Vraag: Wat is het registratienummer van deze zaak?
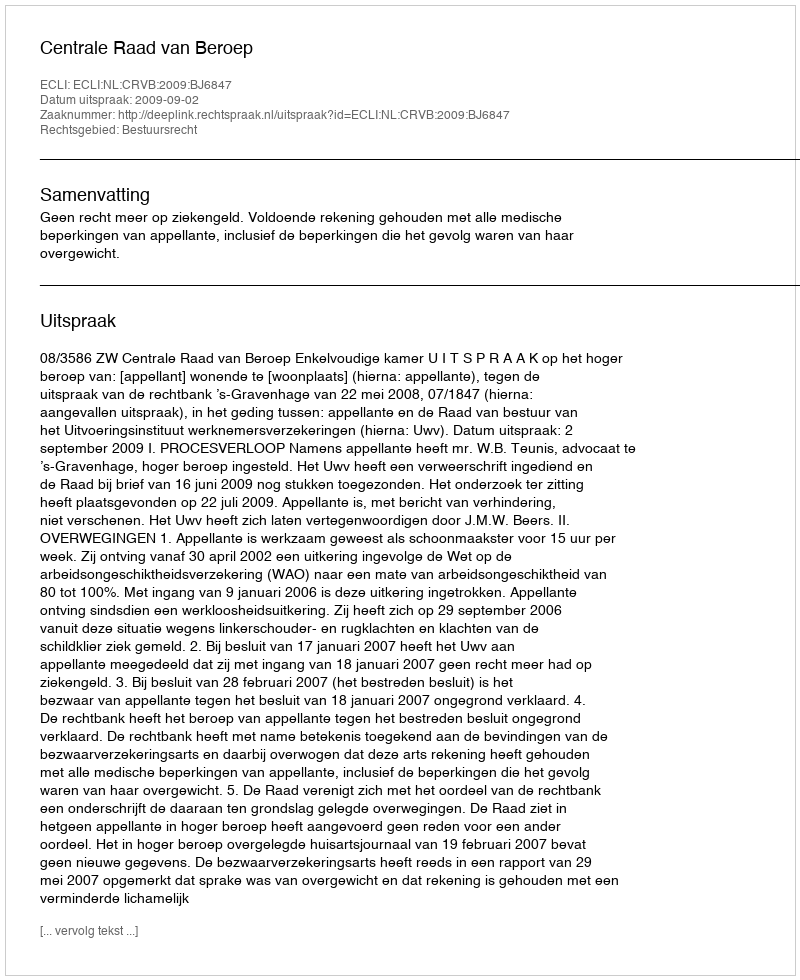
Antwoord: http://deeplink.rechtspraak.nl/uitspraak?id=ECLI:NL:CRVB:2009:BJ6847